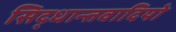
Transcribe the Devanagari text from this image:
सिद्धान्तवादियो